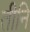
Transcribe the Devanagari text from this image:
तीनि